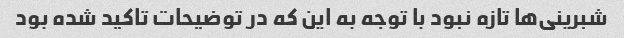
شبرینی‌ها تازه نبود با توجه به این که در توضیحات تاکید شده بود